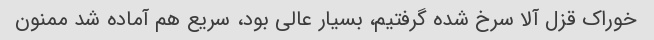
خوراک قزل آلا سرخ شده گرفتیم، بسیار عالی بود، سریع هم آماده شد ممنون